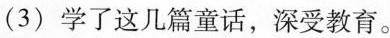
(3) 学了这几篇童话，深受教育。